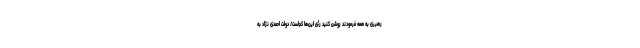
رهبری به همه فرمودند روشن کنید رأی این‌ها کجاست/ دولت احمدی نژاد به